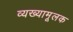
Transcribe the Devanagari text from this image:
व्यख्यामूलक